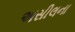
અસીલના